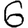
Digit: 6